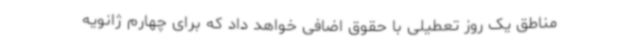
مناطق یک روز تعطیلی با حقوق اضافی خواهد داد که برای چهارم ژانویه